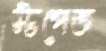
স্টপেজ